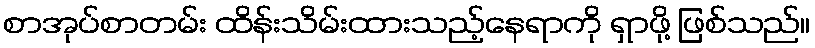
စာအုပ်စာတမ်း ထိန်းသိမ်းထားသည့်နေရာကို ရှာဖို့ ဖြစ်သည်။